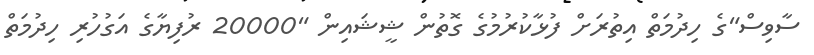
ސާވިސް"ގެ ހިދުމަތް އިތުރަށް ފުޅާކުރުމުގެ ގޮތުން ޝީޝައިން "20000 ރުފިޔާގެ އަގުހުރި ހިދުމަތް